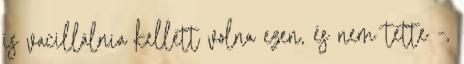
is vacillálnia kellett volna ezen, és nem tette -,